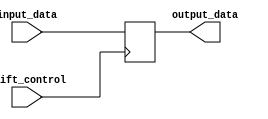
module pipo_shift_register (
    input [7:0] input_data,
    input shift_control,
    output [7:0] output_data
);

reg [7:0] data_register;

always @ (posedge shift_control)
begin
    if (shift_control)
        data_register <= {data_register[6:0], input_data};
    else
        data_register <= data_register;
end

assign output_data = data_register;

endmodule